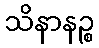
သိနာနဉ္စ